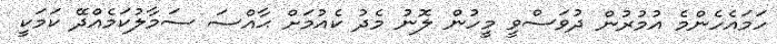
ހަމައެހެންމެ އުމުރުން ދުވަސްވީ މީހުން ލޮނު މެދު ކެއުމަށް ޙާއްސަ ސަމާލުކަމެއްދޭ ކަމަކީ